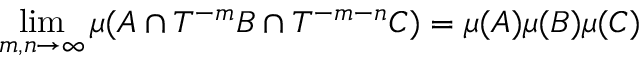
\operatorname* { l i m } _ { m , n \to \infty } \mu ( A \cap T ^ { - m } B \cap T ^ { - m - n } C ) = \mu ( A ) \mu ( B ) \mu ( C )